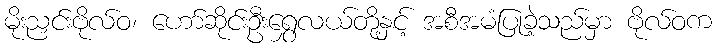
မိုးညှင်းဗိုလ်ဝ၊ ဟော်ဆိုင်းဦးရွှေလယ်တို့နှင့် အစီအမံပြုခဲ့သည်မှာ ဗိုလ်ဝက